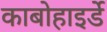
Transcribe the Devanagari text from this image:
काबोहाइर्डे